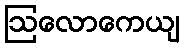
ဩလောကေယျ